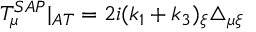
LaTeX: T _ { \mu } ^ { S A P } | _ { A T } = 2 i ( k _ { 1 } + k _ { 3 } ) _ { \xi } \triangle _ { \mu \xi }